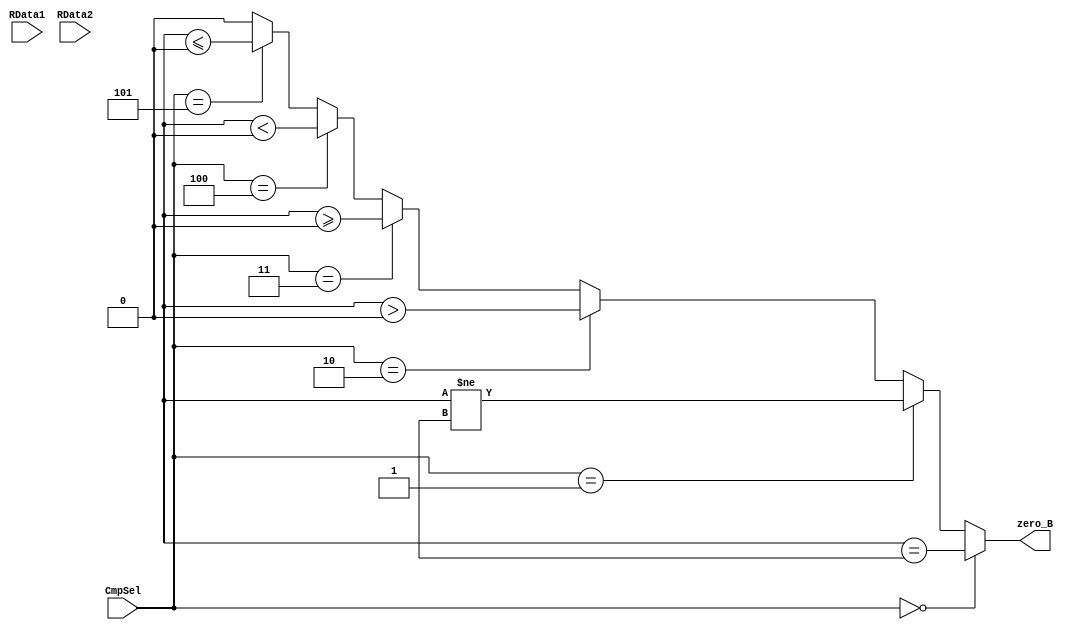
module B_Cmp(
    RData1,RData2,zero_B,CmpSel
    );
    input signed [31:0] RData1;
    input signed [31:0] RData2;
    input [2:0]CmpSel; 
    output zero_B;

    parameter BEQ = 3'h0,BNE = 3'h1,BGTZ = 3'h2,BGEZ = 3'h3,
              BLTZ = 3'h4,BLEZ = 3'h5;
    
    assign zero_B = 
    (CmpSel == BEQ)  ? (A==B):
    (CmpSel == BNE)  ? (A!=B):
    (CmpSel == BGTZ) ? (A>0) :
    (CmpSel == BGEZ) ? (A>=0):
    (CmpSel == BLTZ) ? (A<0) :
    (CmpSel == BLEZ) ? (A<=0): 0;

endmodule